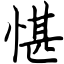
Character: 愖